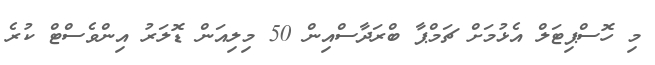
މި ހޮސްޕިޓަލް އެޅުމަށް ޗަމްޕާ ބްރަދާސްއިން 50 މިލިއަން ޑޮލަރު އިންވެސްޓް ކުރެ